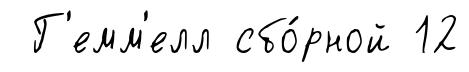
Г'емм'елл сбо́рной 12